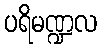
ပရိမဏ္ဍလ